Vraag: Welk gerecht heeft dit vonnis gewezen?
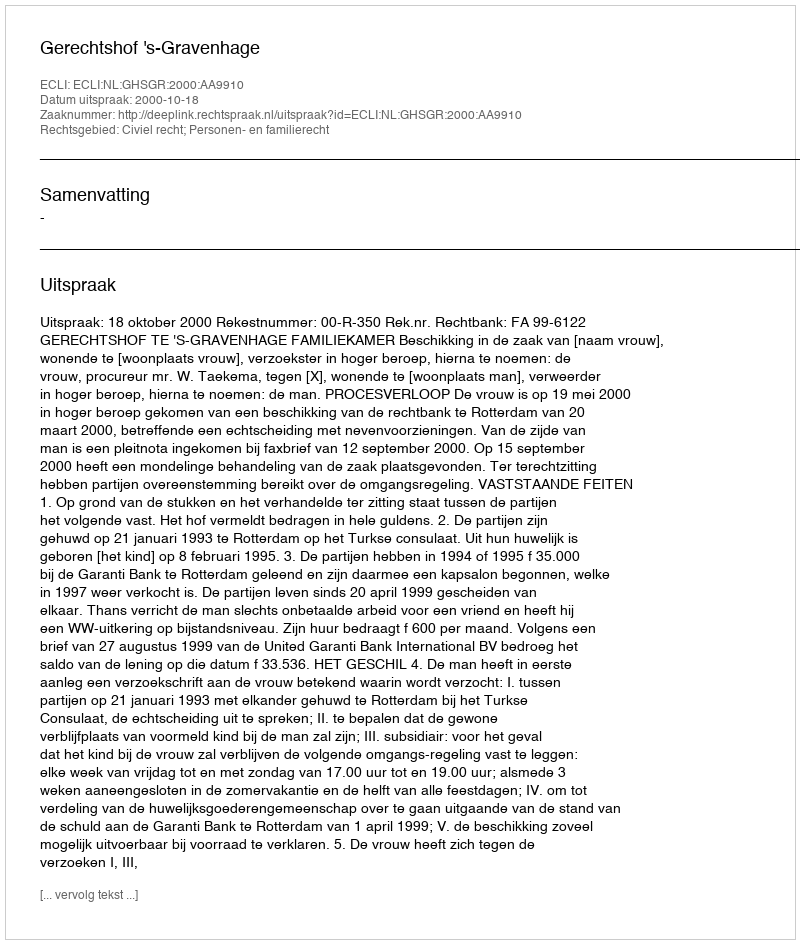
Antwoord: Gerechtshof 's-Gravenhage